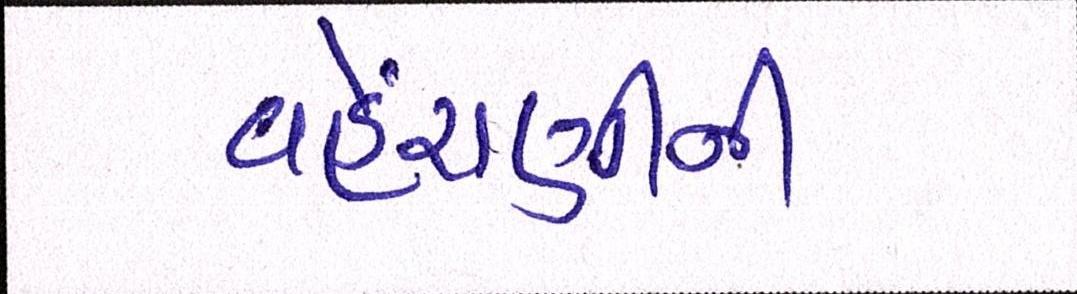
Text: વહેંચણીની